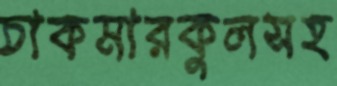
চাকমারকুলসহ